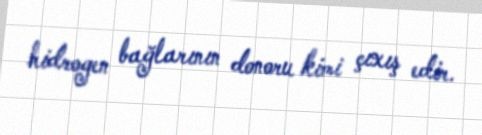
hidrogen bağlarının donoru kimi çıxış edir.